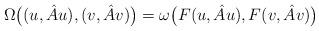
LaTeX: \begin{align*} \Omega\bigl((u,\hat{A}u),(v,\hat{A}v)\bigr) = \omega\bigl(F(u,\hat{A}u), F(v,\hat{A}v)\bigr)\end{align*}